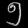
Digit: ၅